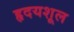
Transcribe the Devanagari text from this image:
हृदयशूल